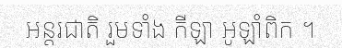
អន្តរជាតិ រួមទាំង កីឡា អូឡាំពិក ។